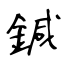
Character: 鍼